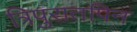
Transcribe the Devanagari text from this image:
त्रिपुरातपिन